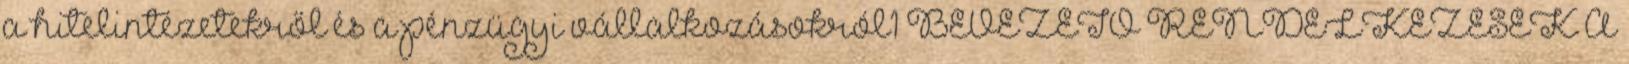
a hitelintézetekről és a pénzügyi vállalkozásokról1 BEVEZETŐ RENDELKEZÉSEK A